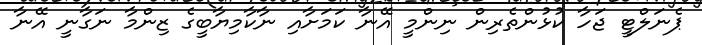
ޕެނަލްޓީ ޖަހާ ކުޅުންތެރިން ނިންމީ އޭނާ ކަމަށާއި ނާކާމިޔާބީގެ ޒިންމާ ނަގާނީ އޭނާ